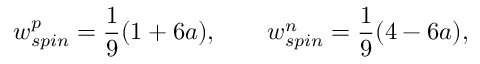
w _ { s p i n } ^ { p } = \frac { 1 } { 9 } ( 1 + 6 a ) , \qquad w _ { s p i n } ^ { n } = \frac { 1 } { 9 } ( 4 - 6 a ) ,